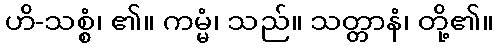
ဟိ-သစ္စံ၊ ၏။ ကမ္မံ၊ သည်။ သတ္တာနံ၊ တို့၏။